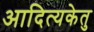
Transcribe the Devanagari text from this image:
आदित्यकेतु